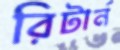
রিটার্ন